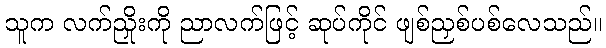
သူက လက်ညှိုးကို ညာလက်ဖြင့် ဆုပ်ကိုင် ဖျစ်ညှစ်ပစ်လေသည်။